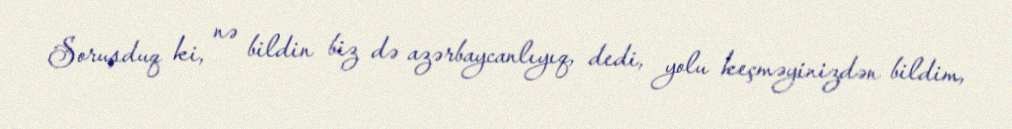
Soruşduq ki, nə bildin biz də azərbaycanlıyıq, dedi, yolu keçməyinizdən bildim,